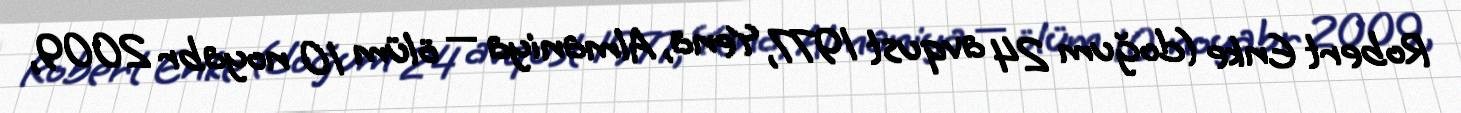
Robert Enke (doğum 24 avqust 1977, Yena, Almaniya — ölüm 10 noyabr 2009,